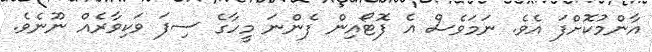
އާންމުކޮށްފަ އެވެ. ނަމަވެސް އެ ފޮޓޯއިން ފެންނަ މީހާގެ ސިފަ ވަކިވާރެއް ނޫނެވެ.